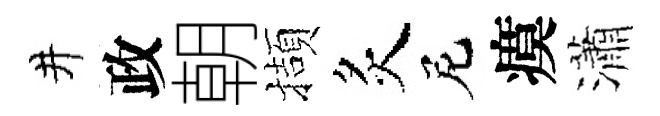
井政朝擷炙尼瘼瀟